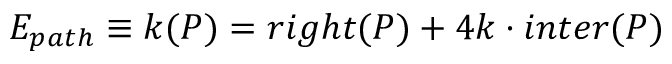
E _ { p a t h } \equiv k ( P ) = r i g h t ( P ) + 4 k \cdot i n t e r ( P )